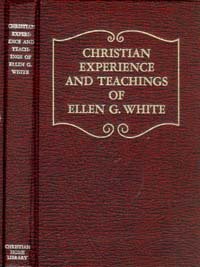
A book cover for Christian Experience and Teaching of Ellen G. White; Ellen Gould Harmon White; Christian Books & Bibles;